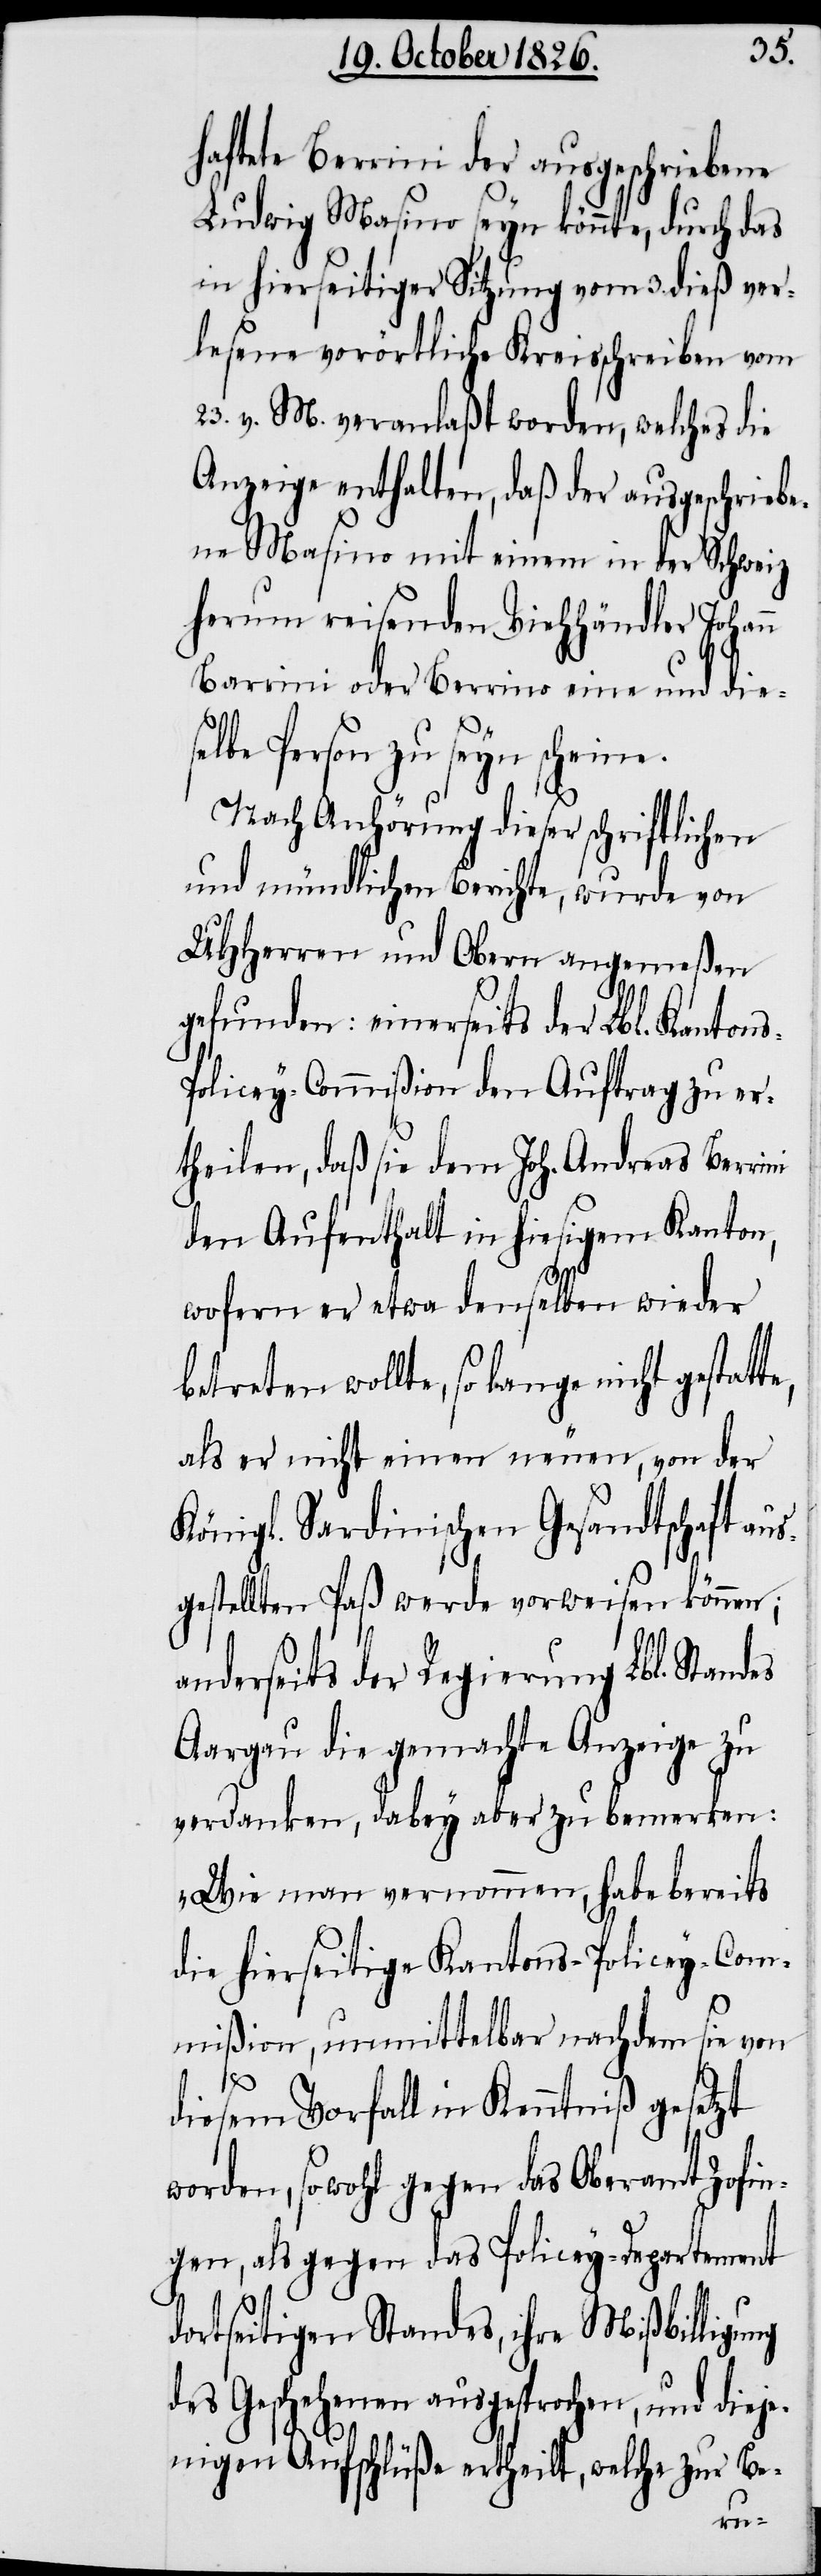
haftete Berrini der ausgeschriebene
Ludwig Masino seyn könnte, durch das
in hierseitiger Sitzung vom 3. dieß ver¬
lesene vorörtliche Kreisschreiben vom
23. v. M. veranlaßt worden, welches die
Anzeige enthalten, daß der ausgeschriebe¬
ne Masino mit einem in der Schweiz
herum reisenden Viehhändler Johan¬
Barrini oder Berrino eine und die¬
selbe Person zu seyn scheine.
Nach Anhörung dieser schriftlichen
und mündlichen Berichte, wurde von
UHHerren und Obern angemeßen
gefunden: einerseits der Lbl. Kant¬
olicey-Commißion den Auftrag zu er¬
theilen, daß sie dem Joh. Andreas Berrini
den Aufenthalt in hiesigem Kanton,
wofern er etwa denselben wieder
betreten wollte, so lange nicht gest¬
als er nicht einen neuen, von der
Königl. Sardinischen Gesandtschaft au¬
sgestellten Paß werde vorweisen können;
erseits der Regierung Lbl. Stand¬
Aargau die gemachte Anzeige zu
verdanken, dabey aber zu bemerken:
„Wie man vernommen, habe bereits
die hierseitige Kantons-Policey-Com¬
mißion, unmittelbar nachdem sie von
n
diesem Vorfall in Kenntniß gesetzt
worden, sowohl gegen das Oberamt Zofin¬
gen, als gegen das Policey-Departement
dortseitigen Standes, ihre Mißbilligung
des Geschehenen ausgesprochen, und dieje¬
nigen Aufschlüße ertheilt, welche zur Be-
es